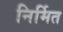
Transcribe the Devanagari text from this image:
निर्मित